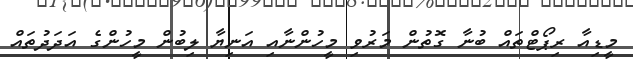
މީޑިއާ ރިޕޯޓްތައް ބުނާ ގޮތުން މަރުވި މީހުންނާއި އަނިޔާ ލިބުން މީހުންގެ އަދަދުތައް